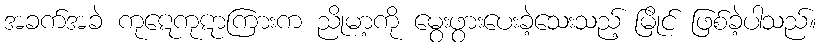
အခက်အခဲ ကုဋေကုဋာကြားက ညိုမာ့ကို မွေးဖွားပေးခဲ့သေးသည့် မြိုင် ဖြစ်ခဲ့ပါသည်။